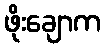
ဖိုးချောက